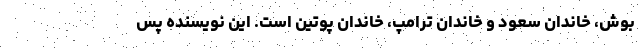
بوش، خاندان سعود و خاندان ترامپ، خاندان پوتین است. این نویسنده پس